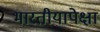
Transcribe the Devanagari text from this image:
भारतीयापेक्षा